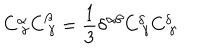
C _ { \ \gamma } ^ { \alpha } C _ { \ \gamma } ^ { \beta } = \frac 1 3 \delta ^ { \alpha \beta } C _ { \ \gamma } ^ { \delta } C _ { \ \gamma } ^ { \delta }